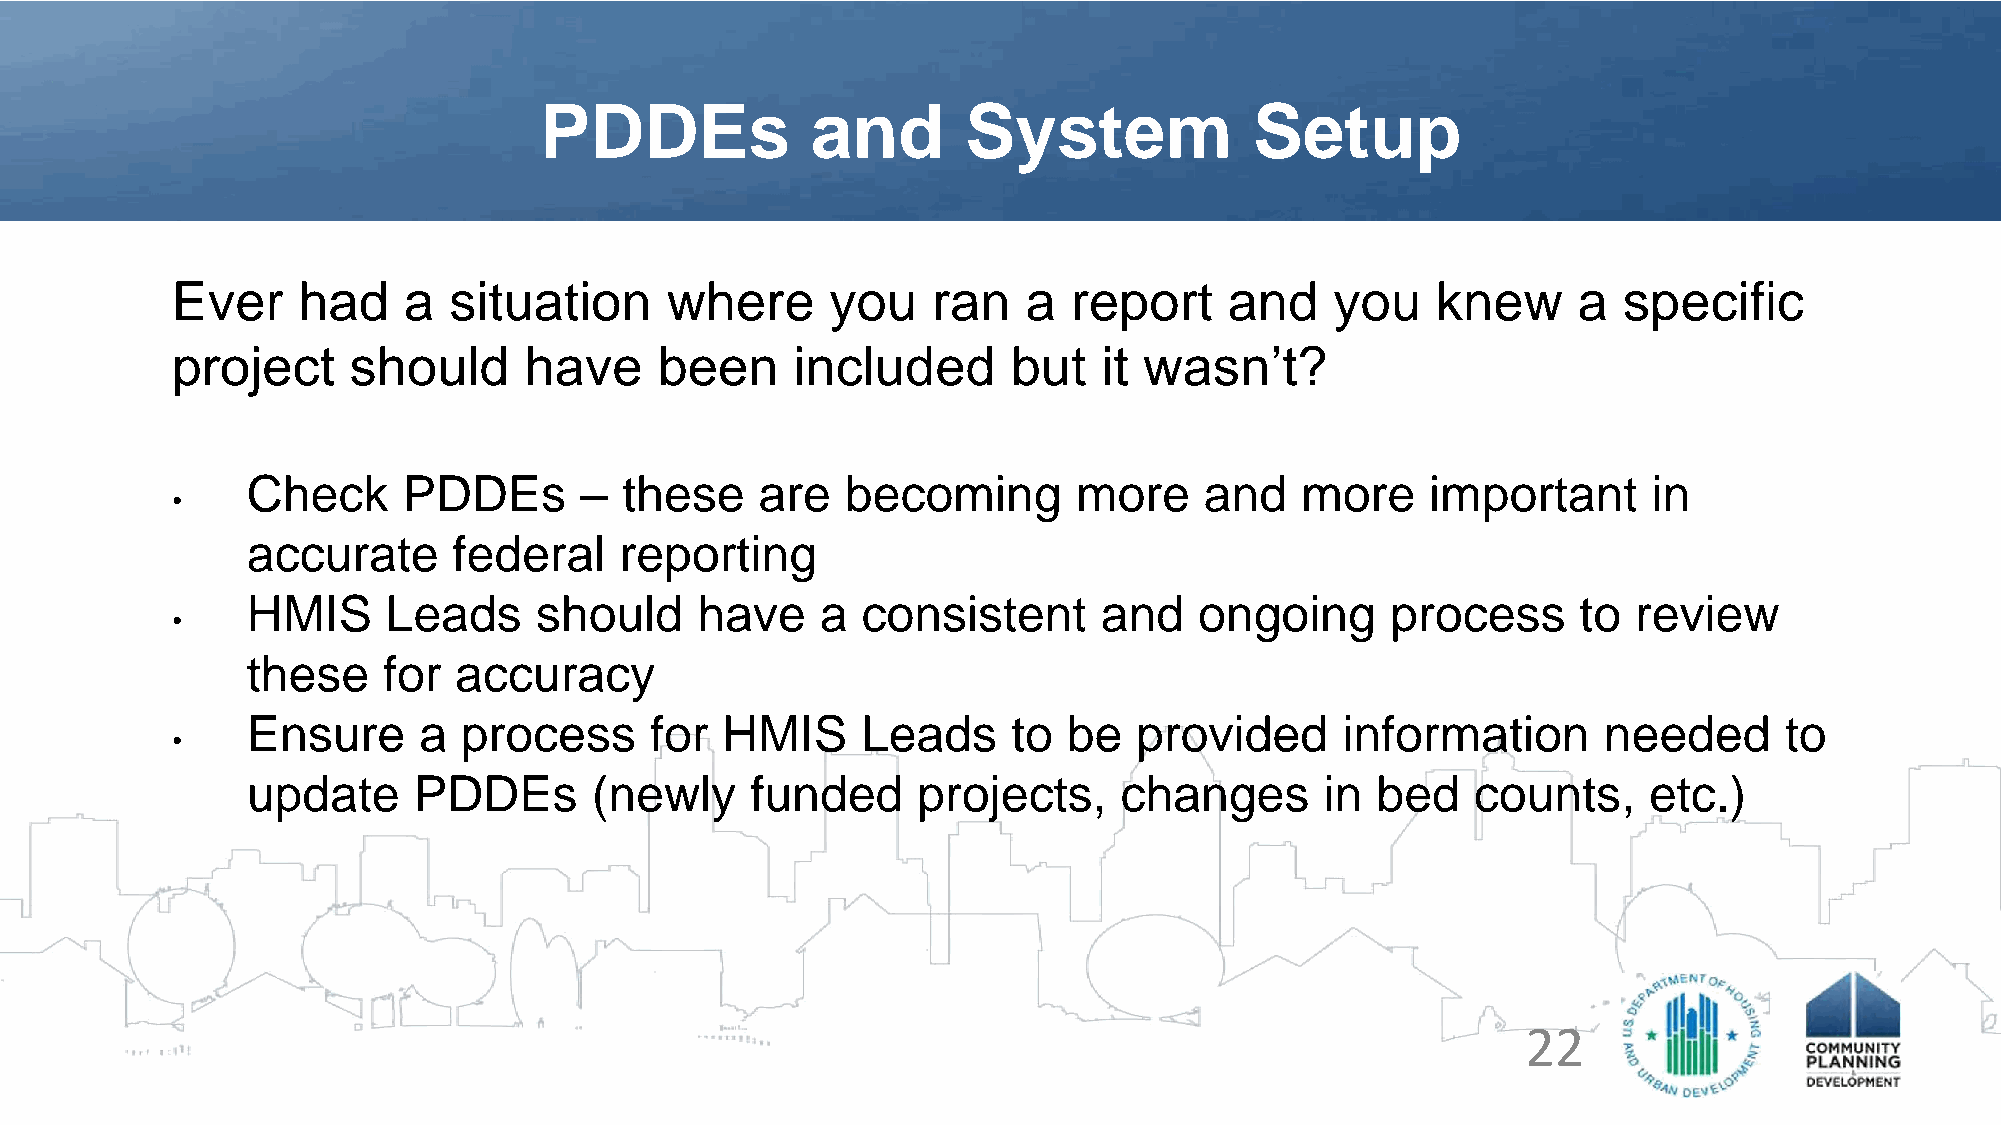
PDDEs             and       System             Setup
 Ever     had    a  situation     where      you    ran   a  report    and    you    knew     a  specific
 project     should      have     been     included      but   it wasn’t?
 Check      PDDEs      –  these    are   becoming       more     and   more     important     in
 •
 accurate      federal    reporting
 HMIS      Leads    should     have    a  consistent      and   ongoing      process      to review
 •
 these    for  accuracy
 Ensure      a process      for  HMIS     Leads     to  be  provided      information      needed      to
 •
 update     PDDEs       (newly     funded     projects,    changes       in bed    counts,    etc.)
 22